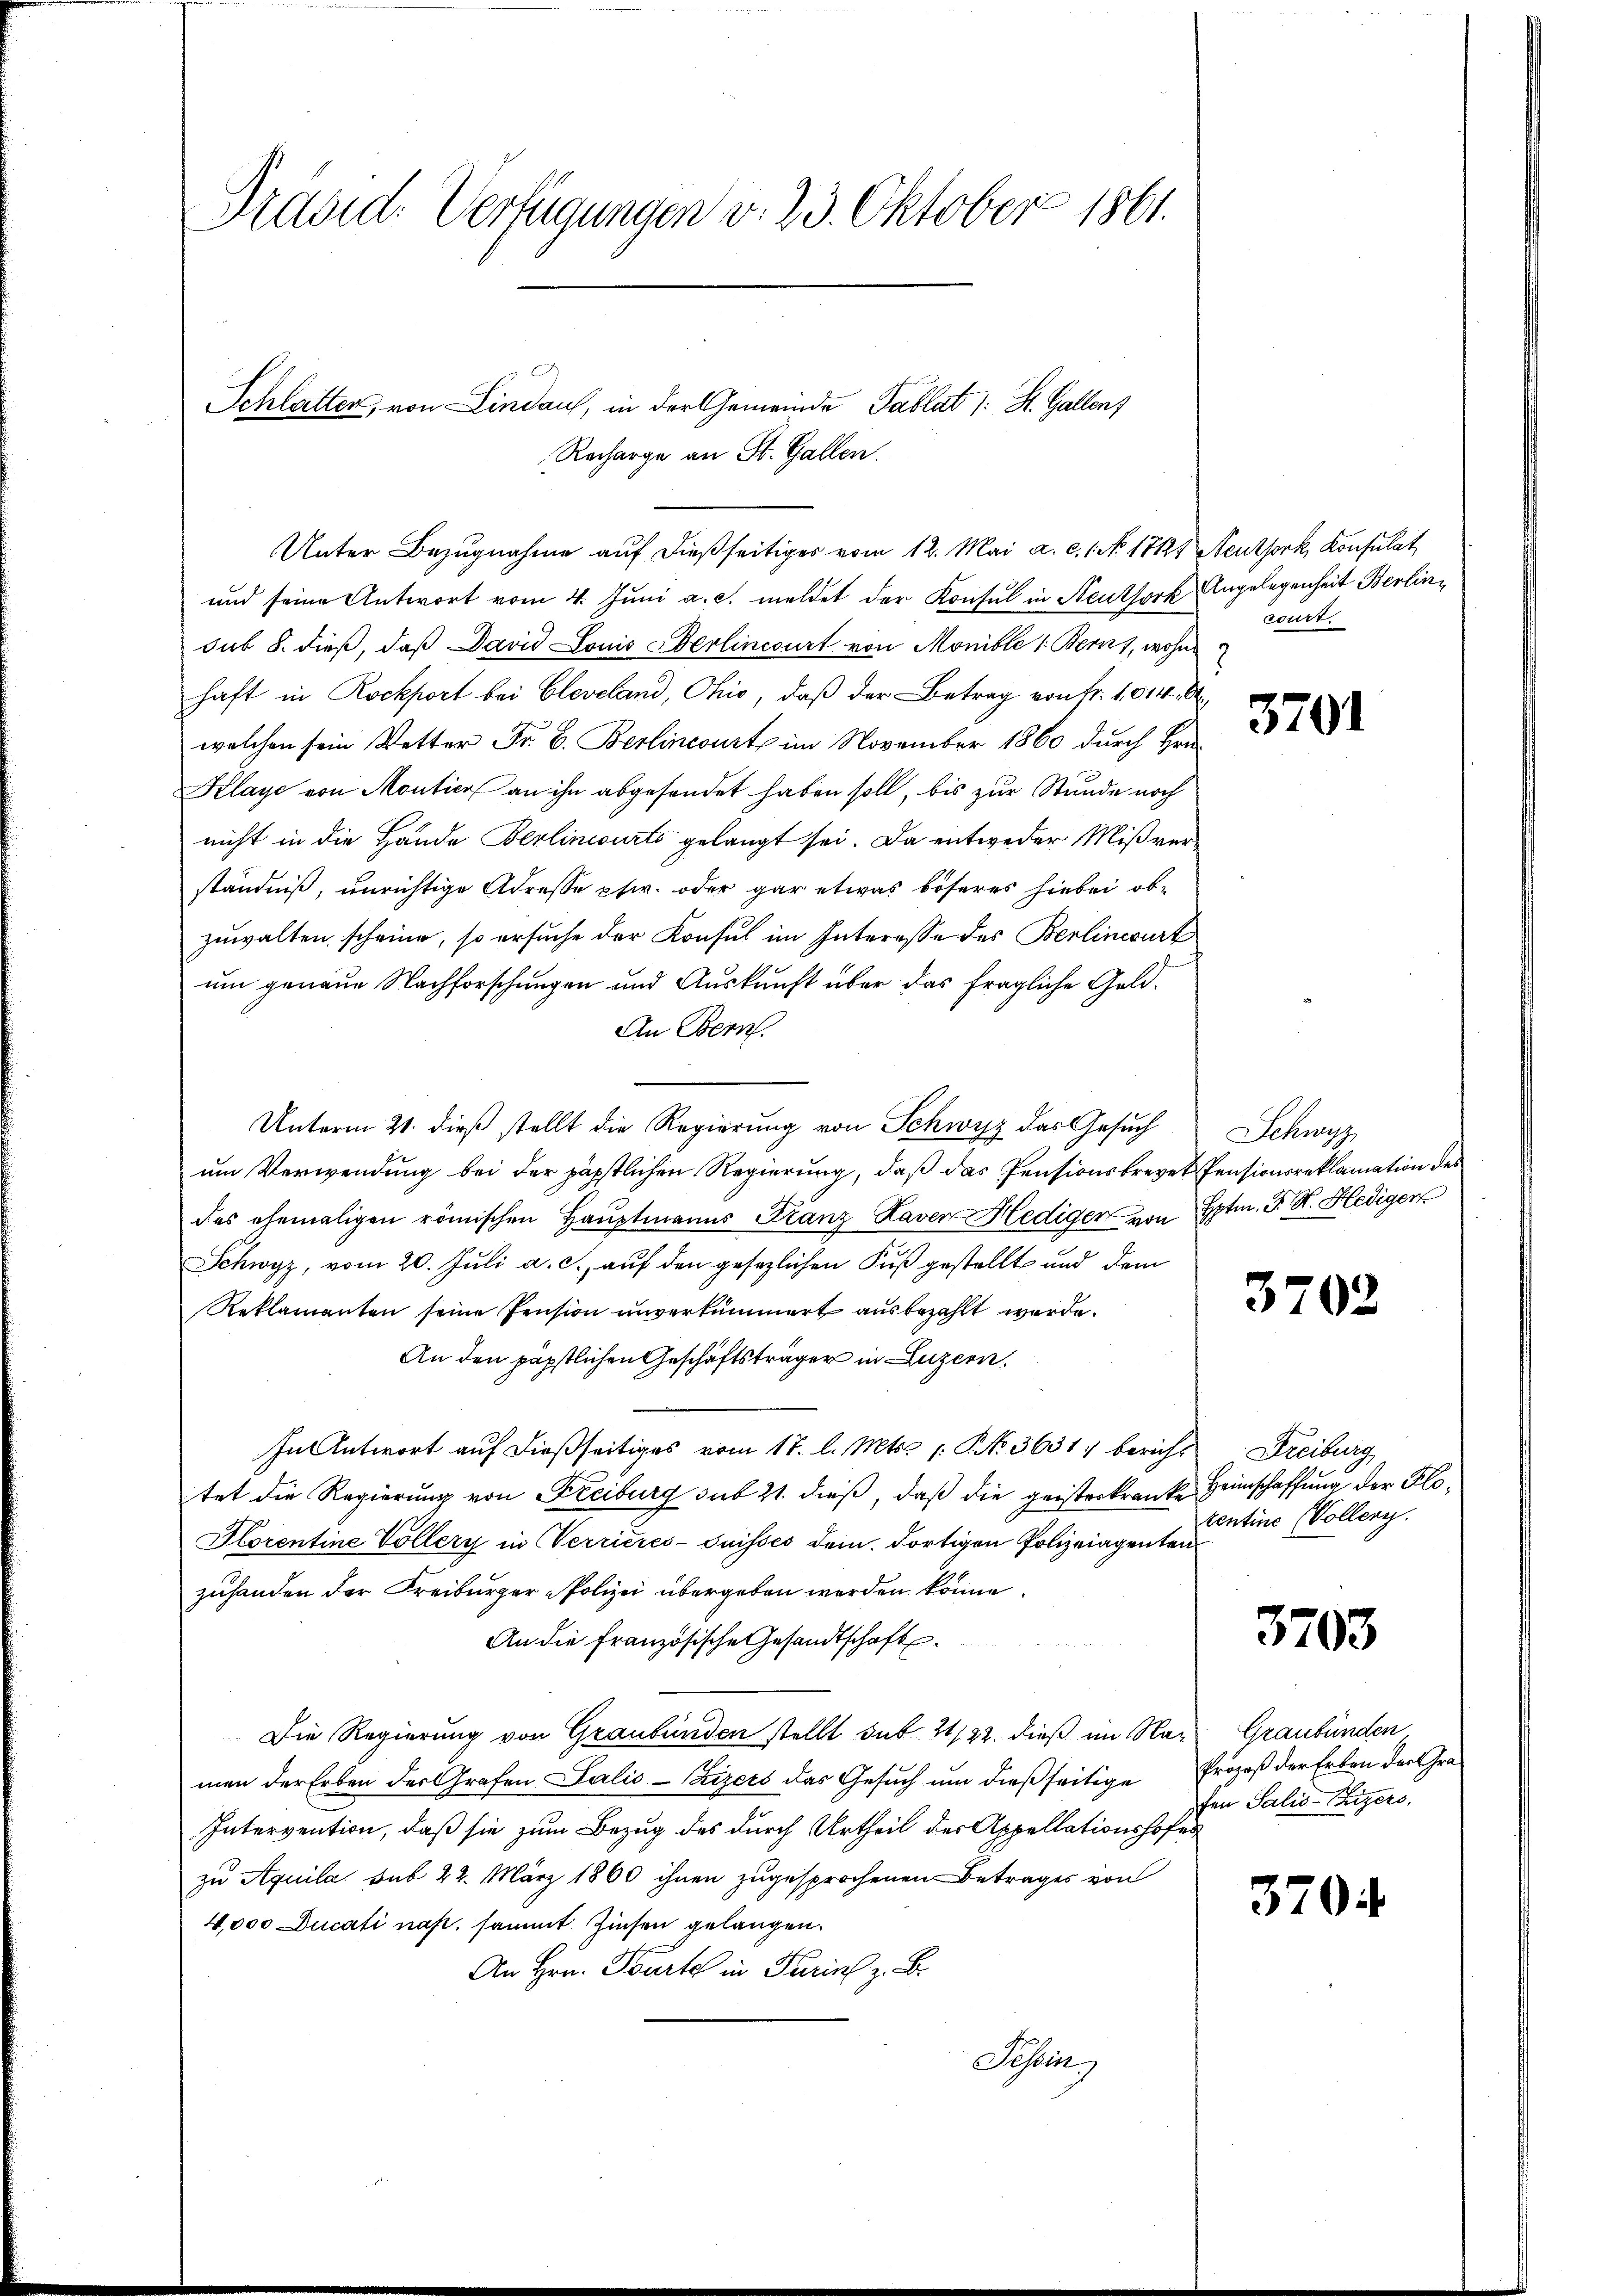
Aiddid. Verfügungen v. 23. Oktober 1861.

Schlatter, von Lindau, in der Gemeinde Tablat (: St. Gallen)
Recharge an St. Gallen.
Unter Bezugnahme auf dießseitiges vom 12. Mai a. c. 1. No 17124

und seine Antwort vom 4. Juni a. c. meldet der Konsul in Neuthork
sub 8. dieß, daß David Louis Eberlincourt von Monible (Bern, wohn
haft in Rockport bei Cleveland, Ohio, daß der Betrag von Fr. 1014.
welchen sein Vetter Fr. B. Berlincourt im November 1860 durch Hrn.
Klaye von Montier an ihn abgesendet haben soll, bis zur Stunde noch
nicht in die Hände Berlinisurts gelangt sei. Da entweder Mißver
ständniß, unrichtige Adresse phw. oder gar etwas böseres hiebei obe
zuwalten, scheine, so ersuche der Konsul im Interesse des Berlinwurf
um genaue Nachforschungen und Auskunft über das fragliche Geld¬
An Bern.
Unterm 21. dieß stellt die Regierung von Schwyz das Gesuch
um Verwendung bei der päpstlichen Regierung, daß das Pensionsbrevet Pensionsreklamation des
des ehemaligen römischen Haŭptmanns Franz Raven Hediger von Hptm. J. H. Hedigen
Schwyz, vom 20. Juli a. c., auf den gesezlichen Fuß gestellt und dem
Reklamanten seine Pension unverkümmert ausbezahlt werde.
An den päpstlichen Geschäftsträger in Luzern.
In Antwort auf dießseitiges vom 17. l. Mts. 1. No. 3631, bericht Freiburg
tet die Regierung von Freiburg sub 21. dieß, daß die geisterkranke Heimschaffung der Klo¬
Horentine Vollery in Verrieres-Suisses dem dortigen Polizeiagenten
zuhanden der Freiburger Polizei übergeben werden könne.
An die Französische Gesandtschafts¬
Die Regierung von Graubünden stellt sub 21/22. dieß im Naz Graubünden
men der Erben der Grafen Talić. - Zizers das Gesuch um dießseitige
Intervention, daß sie zum Bezug des durch Urtheil der Appellationshofer
zu Aquila sub 22. März 1860 ihnen zugesprochenen Betrages von
4,000 Ducati nas, sammt Zinsen gelangen.
An Hrn. Parte in Turin z. B.
Tessin

Neuthork, Konsulat
Angelegenheit Berlin
wirt.

3701

Schwyz

3702

zentine (Volleny.

3703

Prozeß der Erben der Grafen Salis-Chizers.

3704